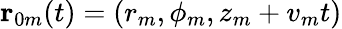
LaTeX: \mathbf{r}_{0m}(t)=(r_{m},\phi_{m},z_{m}+v_{m}t)